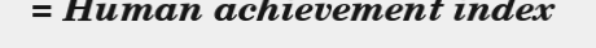
= Human achievement index